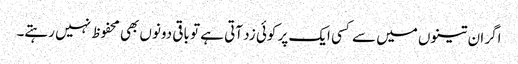
اگر ان تینوں میں سے کسی ایک پر کوئی زد آتی ہے تو باقی دونوں بھی محفوظ نہیں رہتے۔